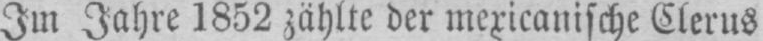
Im Jahre 1852 zählte der mexicanische Clerus